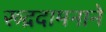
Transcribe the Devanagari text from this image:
रूद्रदामनाने